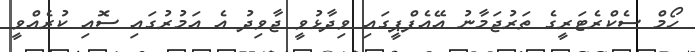
ހޯމް ސެކްރެޓަރީގެ ތަރުޖަމާނު އޭއެފްޕީގައި ވިދާޅުވީ ޖާވިދު އެ އަމުރުގައި ސޮއި ކުރެއްވީ